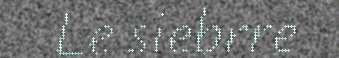
Le siebrre